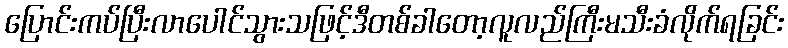
ပြောင်းကပ်ပြီးလာပေါင်သွားသဖြင့်ဒီတစ်ခါတော့လူလည်ကြီးမသီးခံလိုက်ရခြင်း